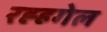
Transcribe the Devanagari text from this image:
रह्हगेल